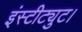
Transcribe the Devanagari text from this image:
इंस्टीट्युट।